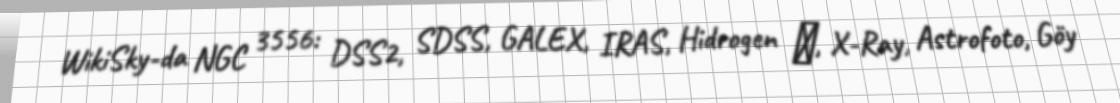
WikiSky-da NGC 3556: DSS2, SDSS, GALEX, IRAS, Hidrogen α, X-Ray, Astrofoto, Göy